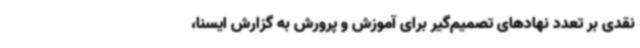
نقدی بر تعدد نهادهای تصمیم‌گیر برای آموزش و پرورش به گزارش ایسنا،